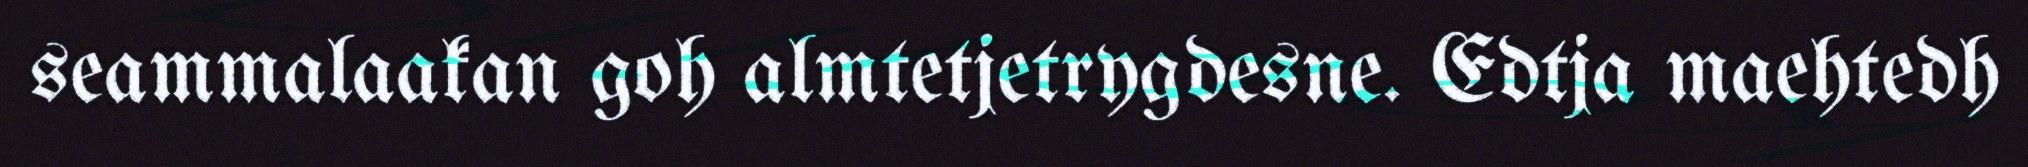
seammalaakan goh almtetjetrygdesne. Edtja maehtedh